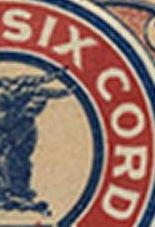
SIX CORD